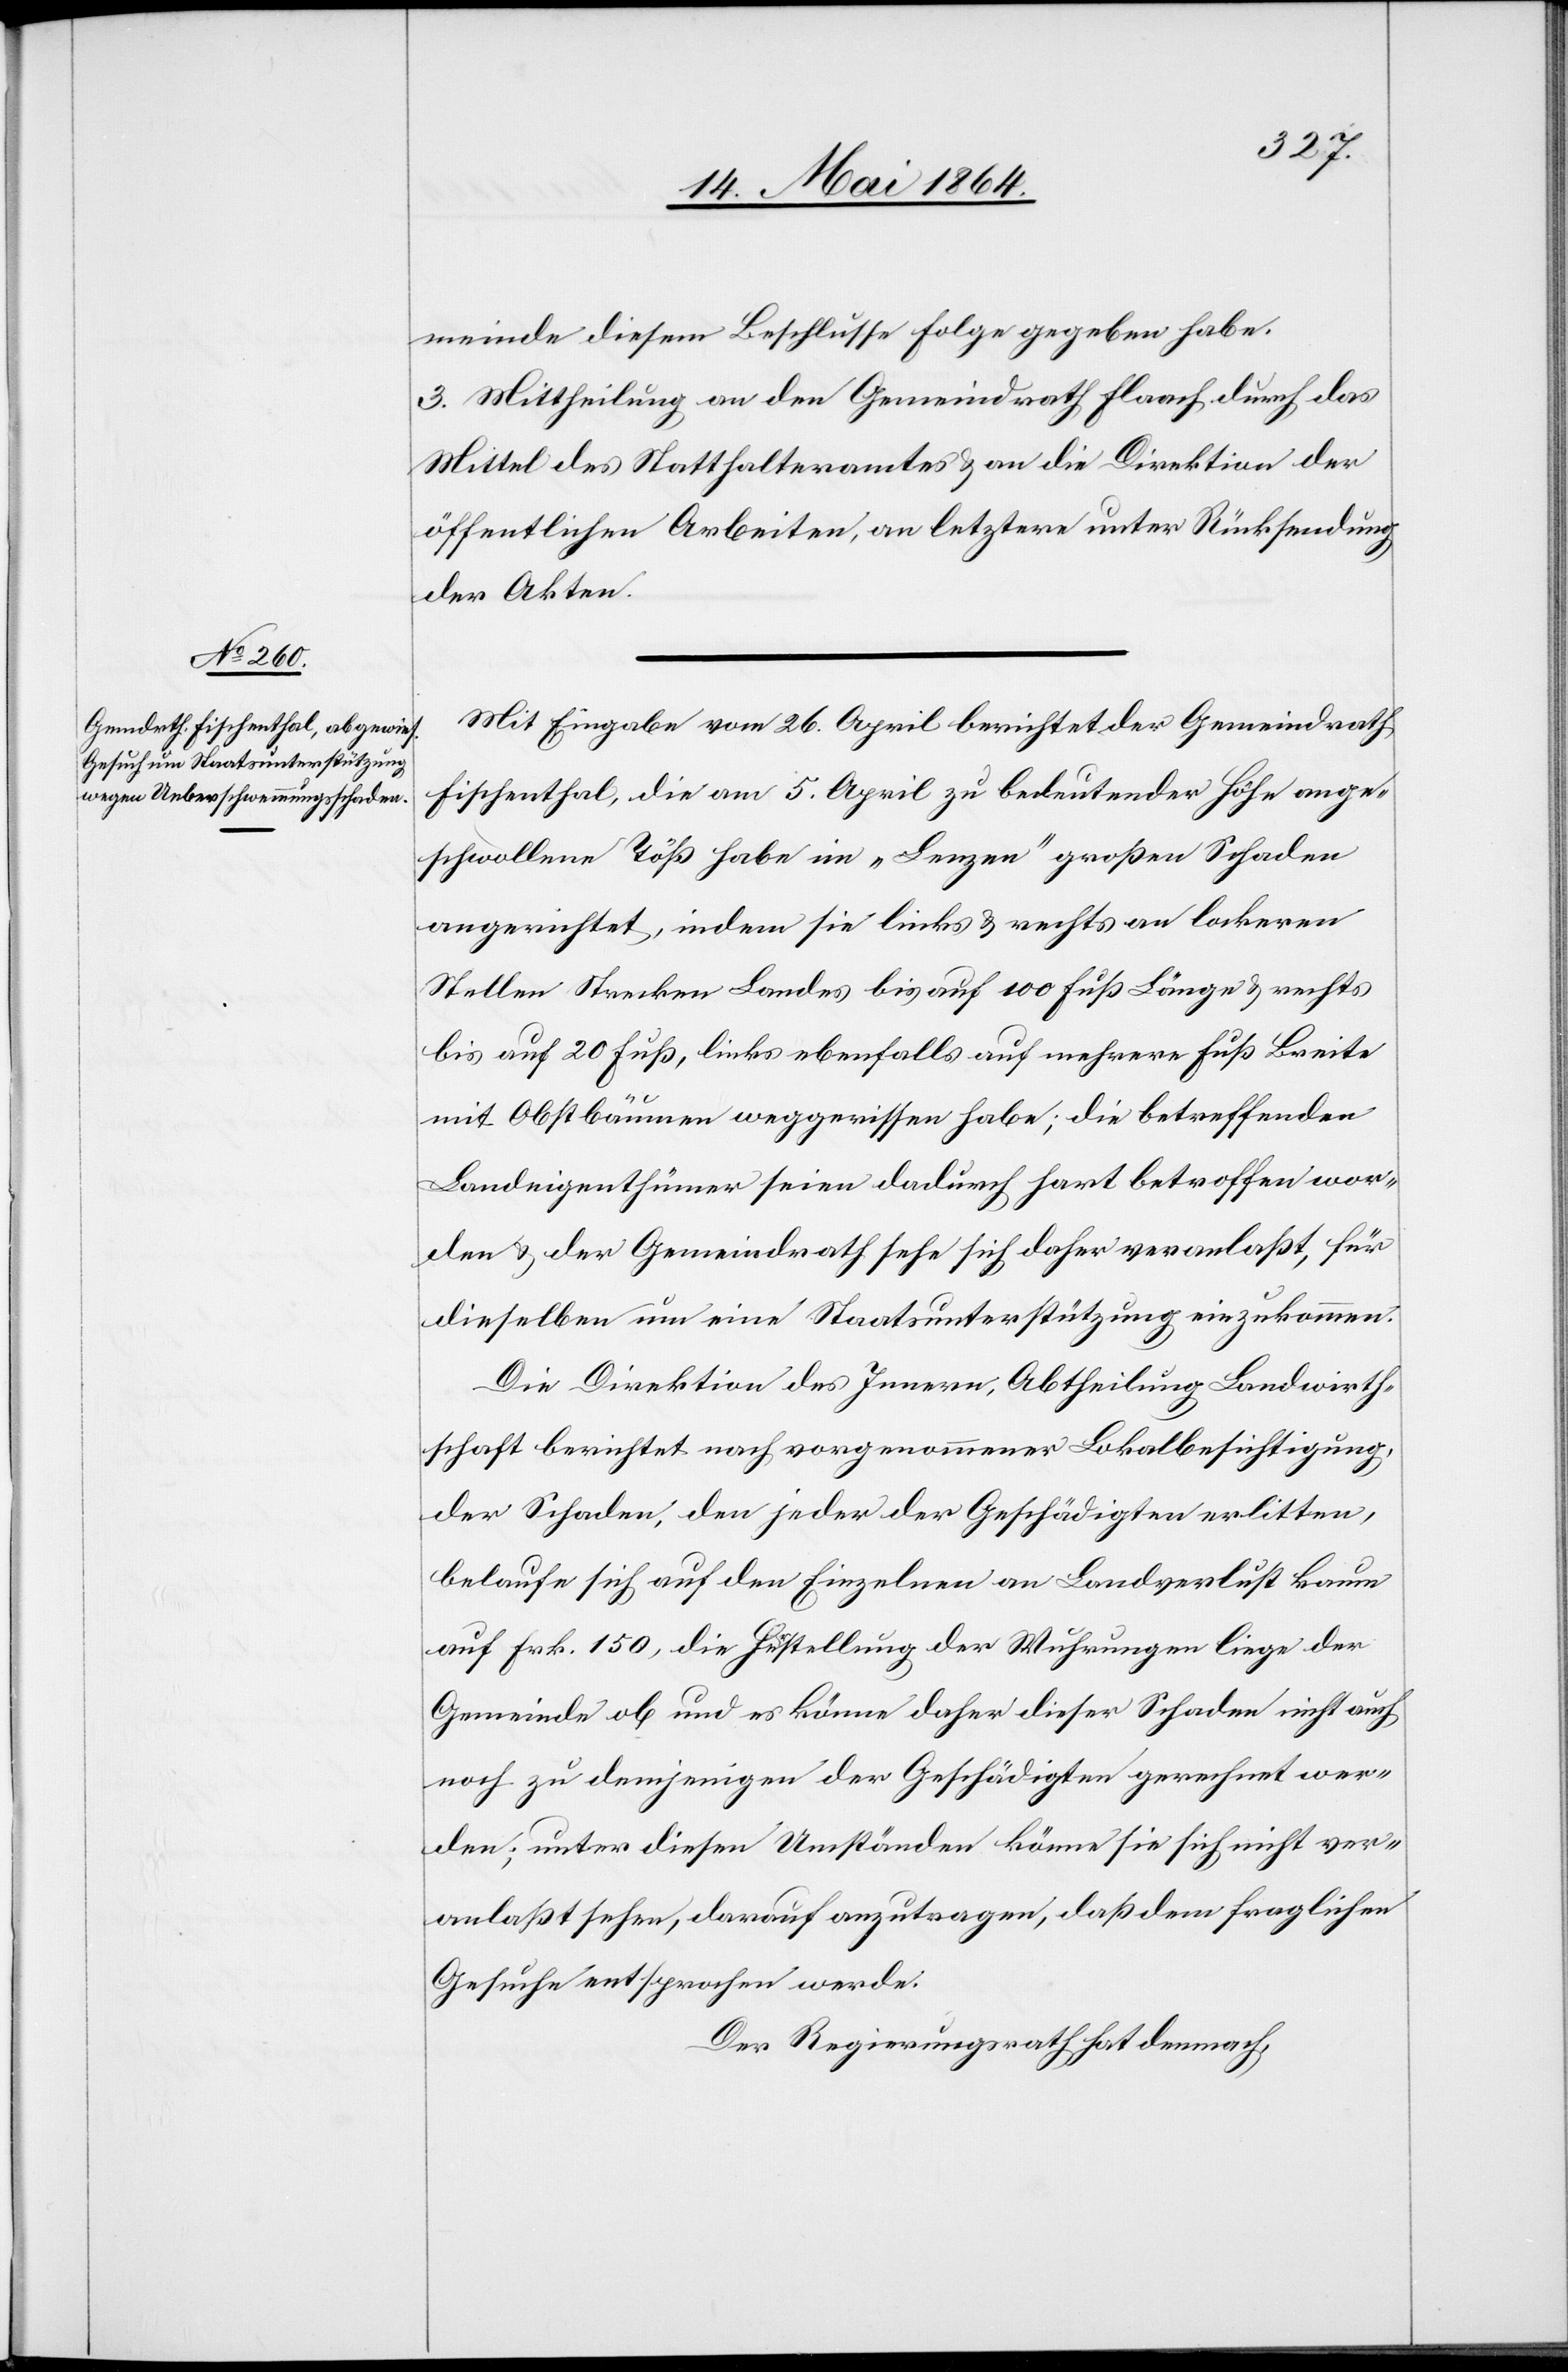
meinde diesem Beschlusse Folge gegeben habe.
3. Mittheilung an den Gemeindrath Flaach durch das
Mittel des Statthalteramtes u. an die Direktion der
öffentlichen Arbeiten, an letztere unter Rücksendung
der Akten.
Mit Eingabe vom 26. April berichtet der Gemeindrath
Fischenthal, die am 5. April zu bedeutender Höhe ange¬
schwollene Töß habe im „Lenzen“ großen Schaden
angerichtet, indem sie links u. rechts an lockeren
Stellen Strecken Landes bis auf 100 Fuß Länge u. rechts
bis auf 20 Fuß, links ebenfalls auf mehrere Fuß Breite
mit Obstbäumen weggerissen habe; die betreffenden
Landeigenthümer seien dadurch hart betroffen wor¬
den u. der Gemeindrath sehe sich daher veranlaßt, für
dieselben um eine Staatsunterstützung einzukommen.
Die Direktion des Innern, Abtheilung Landwirth¬
schaft berichtet nach vorgenommener Lokalbesichtigung,
der Schaden, den jeder der Geschädigten erlitten,
belaufe sich auf den Einzelnen an Landverlust kaum
auf Frk. 150, die Herstellung der Wuhrungen liege der
Gemeinde ob und es könne daher dieser Schaden nicht auch
noch zu demjenigen der Geschädigten gerechnet wer¬
den; unter diesen Umständen könne sie sich nicht ver¬
anlaßt sehen, darauf anzutragen, daß dem fraglichen
Gesuche entsprochen werde.
Der Regierungsrath hat demnach,